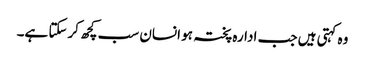
وہ کہتی ہیں جب ادارہ پختہ ہو انسان سب کچھ کرسکتا ہے۔